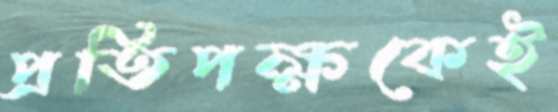
প্রতিপক্ষকেই